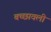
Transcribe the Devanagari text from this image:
बच्छावली